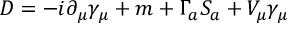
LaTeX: D = - i \partial _ { \mu } \gamma _ { \mu } + m + \Gamma _ { a } S _ { a } + V _ { \mu } \gamma _ { \mu }